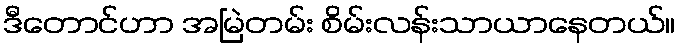
ဒီတောင်ဟာ အမြဲတမ်း စိမ်းလန်းသာယာနေတယ်။